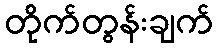
တိုက်တွန်းချက်